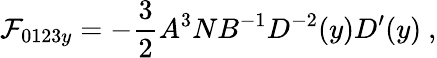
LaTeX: {\cal F}_{0123y}=-{\frac{3}{2}}A^{3}NB^{-1}D^{-2}(y)D^{\prime}(y)\ ,